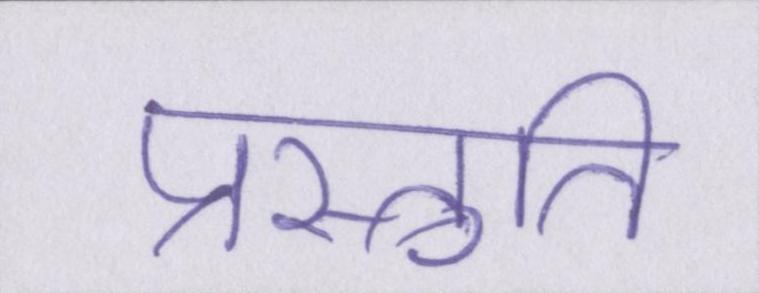
प्रस्तुति